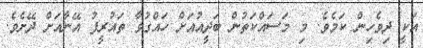
އަކީ ދިވެހިން ކަމެވެ. މި މަސައްކަތުން ބަދީއުއަށް ހައްގުވާ ތައުރީފު އޭނާއަށް ދޭށެވެ.